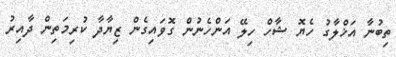
ތިބުނާ އަޚްލާގު ހެޔޮ ޝާހް ހިލޭ އަންހެނުން ގޮވައިގެން ޒިޔާދާ ކުރިމަތިން ދާއިރު